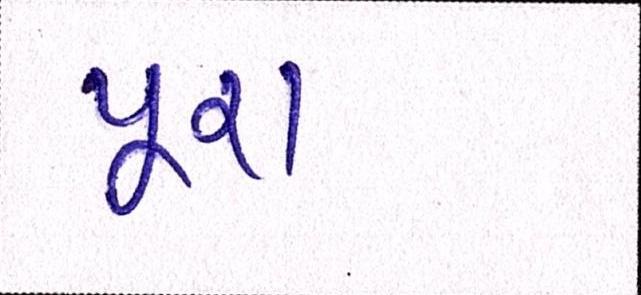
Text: પૂરાં